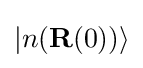
|n(\mathbf {R} (0))\rangle